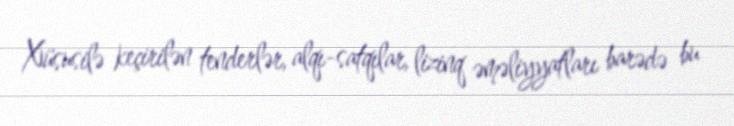
Xüsusilə keçirilən tenderlər, alqı-satqılar, lizinq əməliyyatları barədə bu